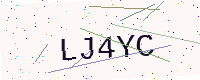
Text: LJ4YC